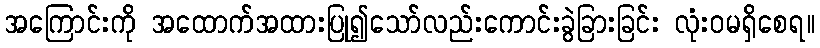
အကြောင်းကို အထောက်အထားပြု၍သော်လည်းကောင်းခွဲခြားခြင်း လုံးဝမရှိစေရ။